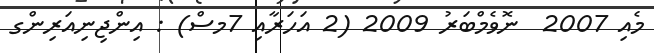
މެއި 2007  ނޮވެމްބަރު 2009 (2 އަހަރާއި 7މސް) : އިންޖިނިއަރިންގ